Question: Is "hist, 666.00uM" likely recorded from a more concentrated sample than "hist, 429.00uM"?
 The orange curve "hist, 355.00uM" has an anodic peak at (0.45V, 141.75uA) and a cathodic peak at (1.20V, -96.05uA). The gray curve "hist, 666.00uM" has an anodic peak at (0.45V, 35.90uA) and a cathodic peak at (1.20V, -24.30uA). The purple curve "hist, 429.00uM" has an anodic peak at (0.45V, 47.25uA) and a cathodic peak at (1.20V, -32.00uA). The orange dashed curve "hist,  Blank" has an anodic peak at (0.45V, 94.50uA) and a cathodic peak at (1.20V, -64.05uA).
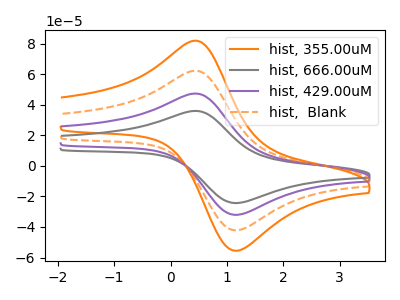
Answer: <think>All the peaks in "hist, 666.00uM" have a peak in "hist, 429.00uM" at the same potential. Every peak in "hist, 666.00uM" is lower than every peak in "hist, 429.00uM".
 </think>
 <answer>"hist, 666.00uM" has less signal than "hist, 429.00uM".</answer>
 <eval>less_signal</eval>